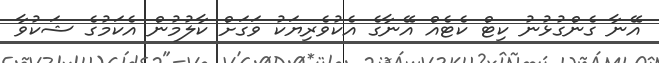
އޭނާ ގެންގުޅުނު ކިޓް ކެޓެއް އޭނާގެ އެކުވެރިޔަކު ވަގަށް ކާލުމުން އެކަމުގެ ޝަކުވާ